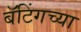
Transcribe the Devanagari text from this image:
बॅटिंगच्या